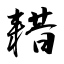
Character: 耤